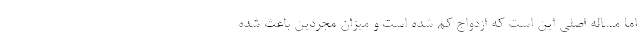
اما مساله اصلی این است که ازدواج کم شده است و میزان مجردین باعث شده